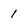
Character: 1